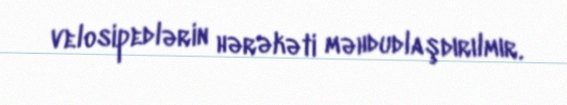
velosipedlərin hərəkəti məhdudlaşdırılmır.